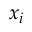
x _ { i }